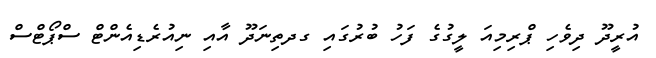
އުރީދޫ ދިވެހި ޕްރިމިއަ ލީގުގެ ފަހު ބުރުގައި ގދތިނަދޫ އާއި ނިއުރެޑިއެންޓް ސްޕޯޓްސް